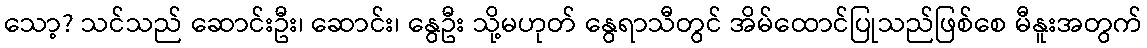
သော့? သင်သည် ဆောင်းဦး၊ ဆောင်း၊ နွေဦး သို့မဟုတ် နွေရာသီတွင် အိမ်ထောင်ပြုသည်ဖြစ်စေ မီနူးအတွက်